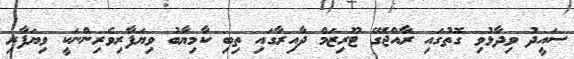
ސައީދު ވިދާޅުވި ގޮތުގައި ރާއްޖޭގެ ޓޫރިޒަމް ދާއިރާގައި ތިބި ކާމިޔާބު ވިޔަފާރިވެރިންނަކީ ވިޔަފާރި